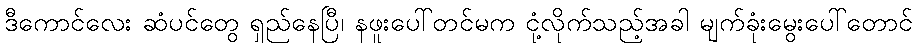
ဒီကောင်လေး ဆံပင်တွေ ရှည်နေပြီ၊ နဖူးပေါ်တင်မက ငုံ့လိုက်သည့်အခါ မျက်ခုံးမွေးပေါ်တောင်